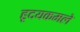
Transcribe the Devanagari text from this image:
हृदयकमले